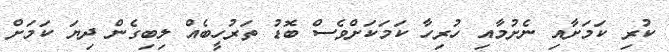
ކުރި ކަމަށާއި ނެށުމާއި ހުރިހާ ކަމަކަށްވެސް ބޮޑު ތަރުހީބެއް ލިބިގެން ދިޔަ ކަމަށް